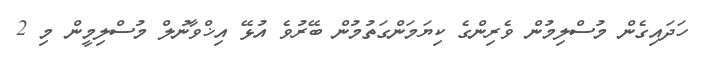
ހަދައިގެން މުސްލިމުން ވެރިންގެ ކިޔަމަންގަތުމުން ބޭރުވެ އުޅޭ އިޚްވާނުލް މުސްލިމީން މި 2